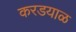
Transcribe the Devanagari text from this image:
करडयाळ